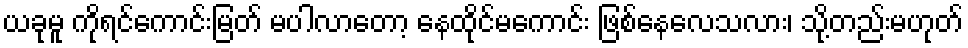
ယခုမူ ကိုရင်ကောင်းမြတ် မပါလာတော့ နေထိုင်မကောင်း ဖြစ်နေလေသလား၊ သို့တည်းမဟုတ်